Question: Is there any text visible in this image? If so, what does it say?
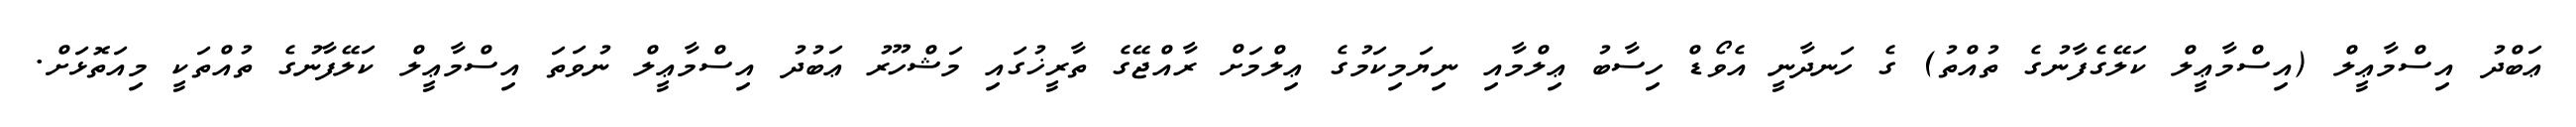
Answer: ޢަބްދު އިސްމާޢީލް (އިސްމާޢީލް ކަލޭގެފާނުގެ ތުއްތު) ގެ ހަނދާނީ އެވޯޑް ހިސާބު ޢިލްމާއި ނިޔަމިކަމުގެ ޢިލްމަށް ރާއްޖޭގެ ތާރީޚުގައި މަޝްހޫރު ޢަބުދު އިސްމާޢީލް ނުވަތަ އިސްމާޢީލް ކަލޭފާނުގެ ތުއްތަކީ މިއަތޮޅަށް.